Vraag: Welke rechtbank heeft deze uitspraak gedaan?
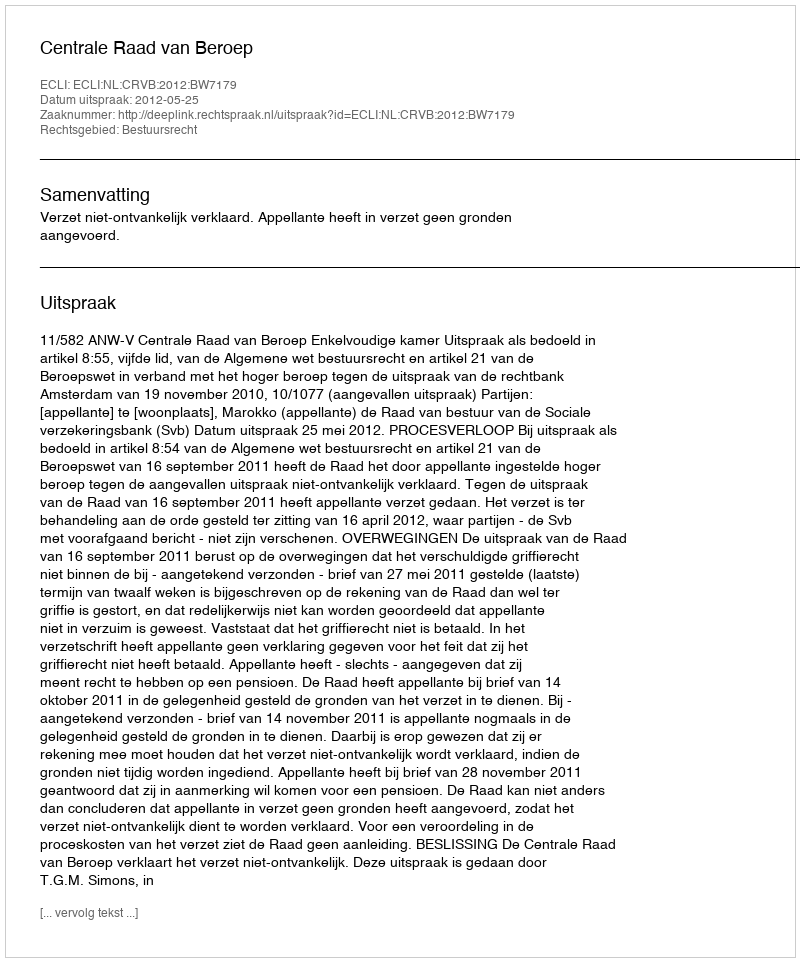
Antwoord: Centrale Raad van Beroep